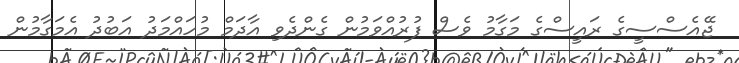
ޖޭއެސްސީގެ ރައީސްގެ މަގާމު ވެސް ފުރުއްވަމުން ގެންދެވި އާދަމް މުހައްމަދު އަބުދު އެމަގާމުން